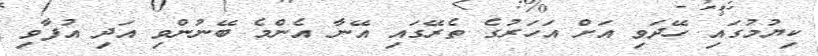
ކިޔުމުގައި ހޭދަވި އަށް އަހަރުގެ ތެރޭގައި އޭނާ އެންމެ ބޭނުންވި އަދި އުފާވި